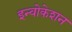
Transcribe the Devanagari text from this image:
इन्वोकेशन